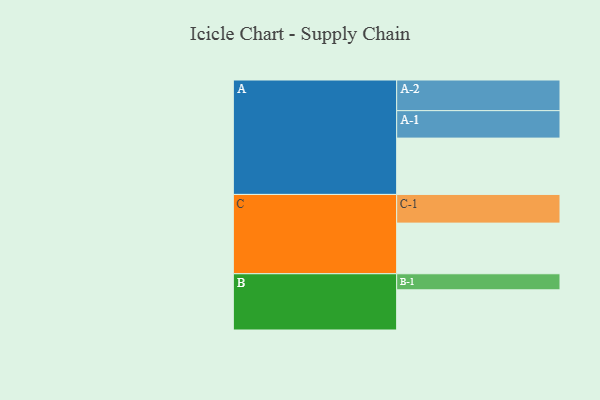
{"axis": {"x": "Segment", "y": "Value"}, "legend": ["", "A", "B", "C"], "data": [{"x": "A", "y": 544, "type": ""}, {"x": "B", "y": 388, "type": ""}, {"x": "C", "y": 489, "type": ""}, {"x": "A-1", "y": 265, "type": "A"}, {"x": "A-2", "y": 296, "type": "A"}, {"x": "B-1", "y": 155, "type": "B"}, {"x": "C-1", "y": 277, "type": "C"}]}